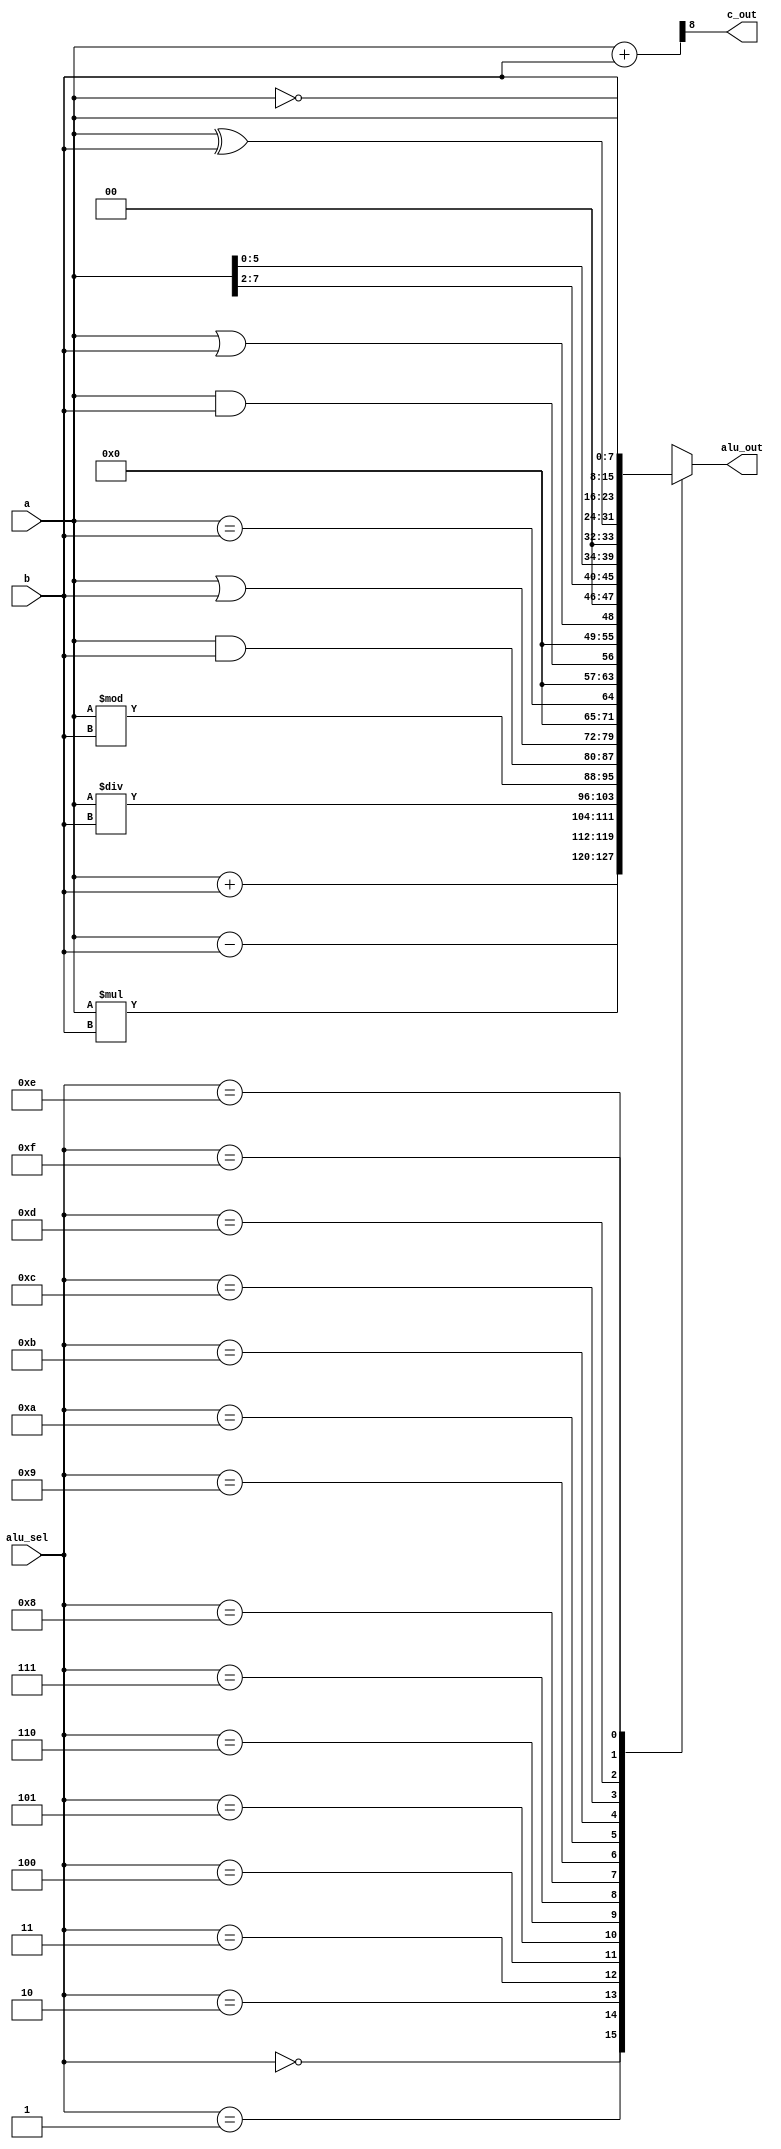
// Design of 8 bit ALU 

`timescale 1ns / 1ps

module alu_8bit(
    input [7:0] a,b,
    input [3:0] alu_sel,
    output [7:0] alu_out,
    output c_out
    );
  reg [7:0] ALU_res;
  wire [8:0]x;
  assign alu_out = ALU_res;
  assign x = {1'b0,a} + {1'b0,b};
  assign c_out = x[8];
  
  always @(*) begin
    case(alu_sel)
      4'b0000:
        ALU_res = a + b;
      4'b0001:
        ALU_res = a - b;
      4'b0010:
        ALU_res = a * b;
      4'b0011:
		    ALU_res = a / b;
	    4'b0100:
	      ALU_res = a % b;
	    4'b0101:
	      ALU_res = a & b;
	    4'b0110:
	      ALU_res = a | b;
	    4'b0111:
	      ALU_res = a == b;
	    4'b1000:
	      ALU_res = a && b;
	    4'b1001:
	      ALU_res = a || b;
	    4'b1010:
	      ALU_res = a >> 2;
	    4'b1011:
	      ALU_res = a << 2;
	    4'b1100:
	      ALU_res = a ^ b;
	    4'b1101:
	      ALU_res = ~a;
	    4'b1110:
	      ALU_res = {a,b};
	    4'b1111:
	      ALU_res = {2{a}};
        default: ALU_res = 0;
    endcase
  end
endmodule